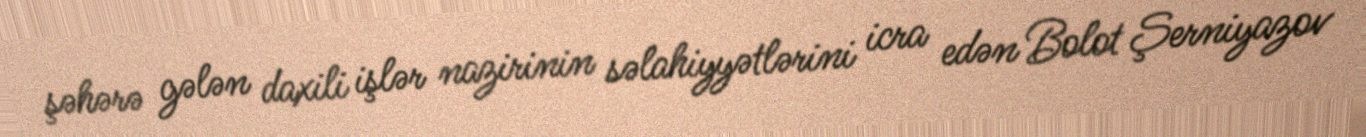
şəhərə gələn daxili işlər nazirinin səlahiyyətlərini icra edən Bolot Şerniyazov